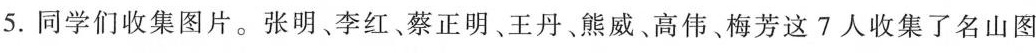
5.同学们收集片。张明、李红、蔡正明、王丹、熊威、高伟、梅芳这7人收集了名山图